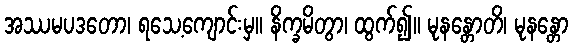
အဿမပဒတော၊ ရသေ့ကျောင်းမှ။ နိက္ခမိတွာ၊ ထွက်၍။ မုနန္တောတိ၊ မုနန္တော